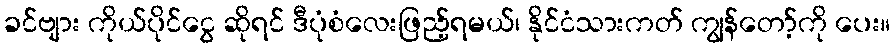
ခင်ဗျား ကိုယ်ပိုင်ငွေ ဆိုရင် ဒီပုံစံလေးဖြည့်ရမယ်၊ နိုင်ငံသားကတ် ကျွန်တော့်ကို ပေး။